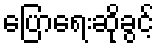
ပြောရေးဆိုခွင့်